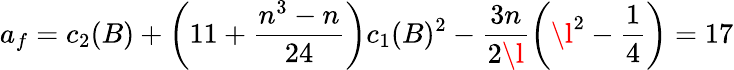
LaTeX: a_{f}=c_{2}(B)+\left(11+\frac{n^{3}-n}{24}\right)c_{1}(B)^{2}-\frac{3n}{2\l}\left(\l^{2}-\frac{1}{4}\right)=17